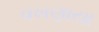
વખણાયા